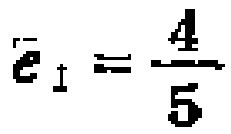
\(\overline{e}_{1}=\frac{4}{5}\)